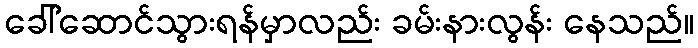
ခေါ်ဆောင်သွားရန်မှာလည်း ခမ်းနားလွန်း နေသည်။